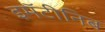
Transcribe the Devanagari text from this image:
इमॅटीनिब